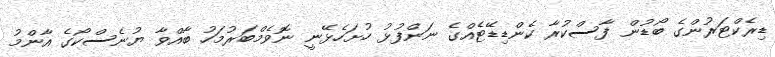
ޑިރެކްޓަރުންގެ ބޯޑުން ފާސްކުރާ ކެންޑިޑޭޓެއްގެ ނަންފުޅު ހުށަހެޅޭނީ ނޮވެމްބަރުމަހު ބާއްވާ ޔުނެސްކޯގެ އާންމު